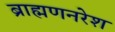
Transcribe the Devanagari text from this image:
ब्राह्मणनरेश